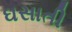
ઘસાતી